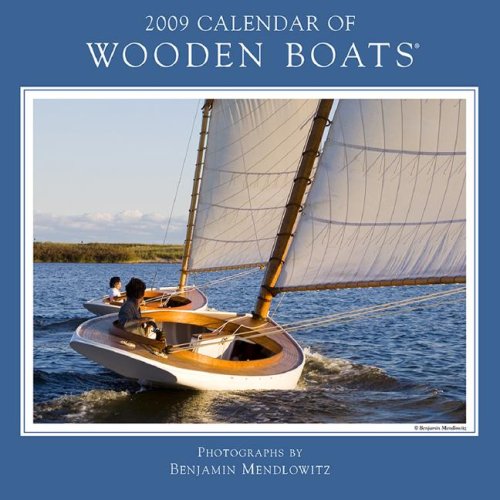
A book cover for Calendar of Wooden Boats; Calendars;